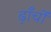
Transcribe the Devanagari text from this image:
ढ़ाँचों